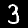
Digit: 3